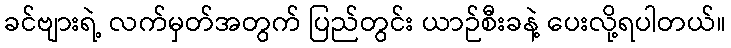
ခင်ဗျားရဲ့ လက်မှတ်အတွက် ပြည်တွင်း ယာဉ်စီးခနဲ့ ပေးလို့ရပါတယ်။